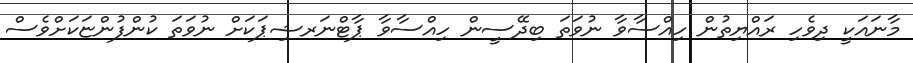
މާނައަކީ ދިވެހި ރައްޔިތުން ހިއްސާވާ ނުވަތަ ބިދޭސީން ހިއްސާވާ ޕާޓްނަރޝިޕަކަށް ނުވަތަ ކުންފުންޏަކަށްވެސް